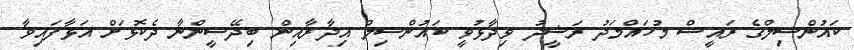
ކައުންސިލްގެ ރައީސް މުހައްމަދު ރަޝީދު ވިދާޅުވީ ކައުންސިލް އިދާރާއިން ބިދޭސީންނާ ދެކޮޅަށް އަޅާފައިވާ